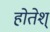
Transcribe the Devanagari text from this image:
होतेश्